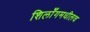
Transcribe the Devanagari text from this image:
शिलाँगमधीलच